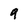
Character: 9